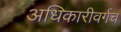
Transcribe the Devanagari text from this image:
अधिकारीवर्गच